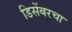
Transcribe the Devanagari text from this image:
डिसेंबरचा